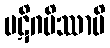
ပဋိဂမိဿာမိ